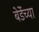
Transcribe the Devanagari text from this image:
बेर्डेच्या